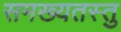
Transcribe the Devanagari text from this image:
समख्यतस्तु